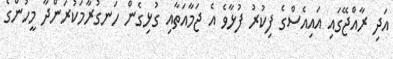
އަދި ރާއްޖޭގައި އައިއެސްގެ ފިކުރު ފުޅާވެ އެ ޖަމާއަތާއި ގުޅިގެން ހަނގުރާމަކުރަންދާ މީހުންގެ